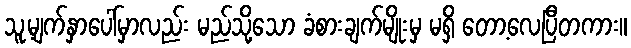
သူ့မျက်နှာပေါ်မှာလည်း မည်သို့သော ခံစားချက်မျိုးမှ မရှိ တော့လေပြီတကား။